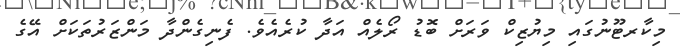
މިކާރޓޫނުގައި މިޔުޒިކް ވަރަށް ބޮޑު ރޯލެއް އަދާ ކުރެއެވެ. ފެނިގެންދާ މަންޒަރުތަކަށް އޭގެ